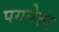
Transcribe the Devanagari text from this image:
पगारेतर